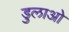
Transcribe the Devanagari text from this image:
डुलाओ